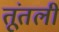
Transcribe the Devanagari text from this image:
तूंतली